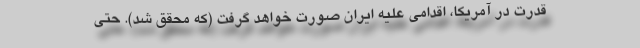
قدرت در آمریکا، اقدامی علیه ایران صورت خواهد گرفت (که محقق شد). حتی